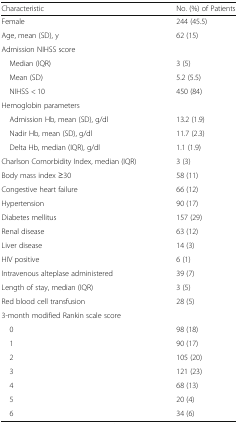
<table><thead><tr><td><b>Characteristic</b></td><td><b>No. (%) of Patients</b></td></tr></thead><tbody><tr><td>Female</td><td>244 (45.5)</td></tr><tr><td>Age, mean (SD), y</td><td>62 (15)</td></tr><tr><td colspan="2">Admission NIHSS score</td></tr><tr><td> Median (IQR)</td><td>3 (5)</td></tr><tr><td> Mean (SD)</td><td>5.2 (5.5)</td></tr><tr><td> NIHSS &lt; 10</td><td>450 (84)</td></tr><tr><td colspan="2">Hemoglobin parameters</td></tr><tr><td> Admission Hb, mean (SD), g/dl</td><td>13.2 (1.9)</td></tr><tr><td> Nadir Hb, mean (SD), g/dl</td><td>11.7 (2.3)</td></tr><tr><td> Delta Hb, median (IQR), g/dl</td><td>1.1 (1.9)</td></tr><tr><td>Charlson Comorbidity Index, median (IQR)</td><td>3 (3)</td></tr><tr><td>Body mass index ≥30</td><td>58 (11)</td></tr><tr><td>Congestive heart failure</td><td>66 (12)</td></tr><tr><td>Hypertension</td><td>90 (17)</td></tr><tr><td>Diabetes mellitus</td><td>157 (29)</td></tr><tr><td>Renal disease</td><td>63 (12)</td></tr><tr><td>Liver disease</td><td>14 (3)</td></tr><tr><td>HIV positive</td><td>6 (1)</td></tr><tr><td>Intravenous alteplase administered</td><td>39 (7)</td></tr><tr><td>Length of stay, median (IQR)</td><td>3 (5)</td></tr><tr><td>Red blood cell transfusion</td><td>28 (5)</td></tr><tr><td colspan="2">3-month modified Rankin scale score</td></tr><tr><td> 0</td><td>98 (18)</td></tr><tr><td> 1</td><td>90 (17)</td></tr><tr><td> 2</td><td>105 (20)</td></tr><tr><td> 3</td><td>121 (23)</td></tr><tr><td> 4</td><td>68 (13)</td></tr><tr><td> 5</td><td>20 (4)</td></tr><tr><td> 6</td><td>34 (6)</td></tr></tbody></table>